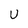
Character: U